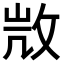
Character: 𢼸